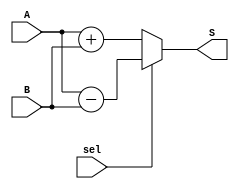
`timescale 1ns / 1ps
//////////////////////////////////////////////////////////////////////////////////
// 
// Design Name: AdderSubtractor32bit
// Module Name:    AdderSubtractor32bit 
// Project Name: Final Project(Module 1)
// Tool versions: V1
// Description: A simple 32-bit Adder-subtractor
// if sel = true subtract else add
//////////////////////////////////////////////////////////////////////////////////
module AdderSubtractor32bit(
	input  [31:0] A    , // input  [2's complement 32 bits]
	input  [31:0] B    , // input  [2's complement 32 bits]
	input         sel  , // input  [add:sel=0 || sub:sel=1] 
	output [31:0] S      // output [2's complement 32 bits]
    );
	 assign S = sel ? (A-B) : (A+B);


endmodule